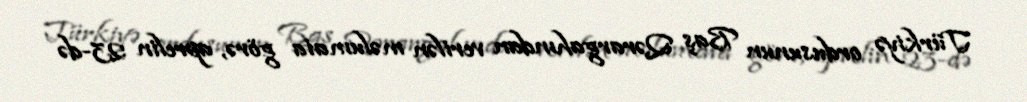
Türkiyə ordusunun Baş Qərargahından verilən məlumata görə, aprelin 23-də